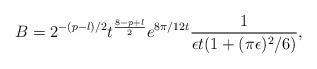
LaTeX: \begin{align*}B=2^{-(p-l)/2} t^{\frac{8-p+l}{2}} e^{8\pi/12t} \frac{1}{\epsilon t (1+(\pi \epsilon)^{2}/6)},\end{align*}